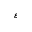
\varepsilon